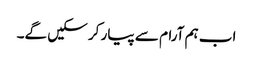
اب ہم آرام سے پیار کر سکیں گے۔